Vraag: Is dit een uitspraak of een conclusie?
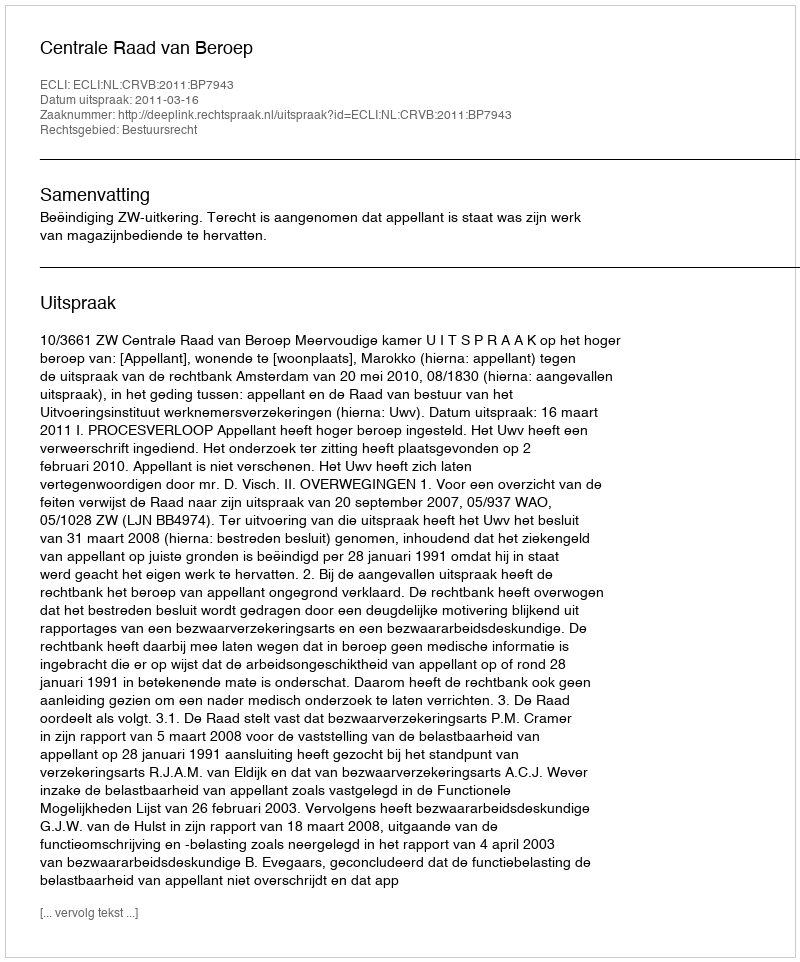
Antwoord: Uitspraak